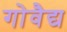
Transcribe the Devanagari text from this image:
गोवैद्य